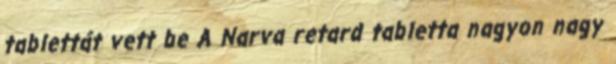
tablettát vett be A Narva retard tabletta nagyon nagy